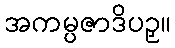
အကမ္ပဇာဒိပဉှ။